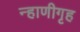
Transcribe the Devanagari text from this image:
न्हाणीगृह